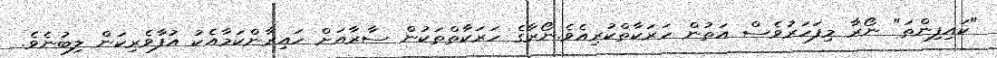
"ކައިފިންތަ" ނޯރާ މިފަހަރުވެސް އަތުން ހަރަކާތްކުރިއެވެ.ނޯރާގެ ހަރަކާތްތަކުން ސާރާއަށް ހައިރާންކަމާއެކު އުފާވެރިކަން ލިބުނެވެ.